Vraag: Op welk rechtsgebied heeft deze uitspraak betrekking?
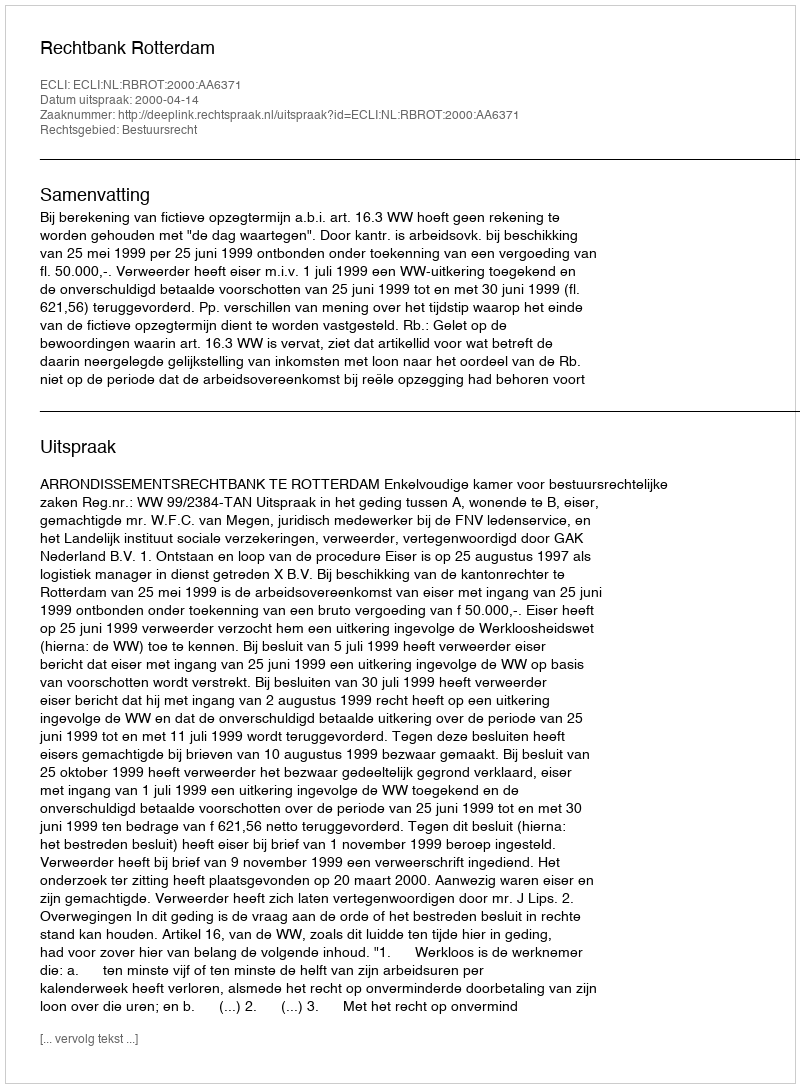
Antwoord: Bestuursrecht